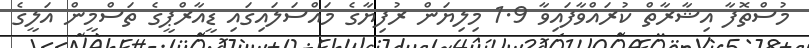
މުސްތޮފާ އިޝާރާތް ކުރައްވާފައިވާ 1.9 މިލިޔަން ރުފިޔާގެ މައްސަލައިގައި ޑީއާރްޕީގެ ތަސްމީން އަލީގެ